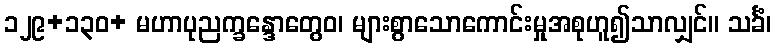
၁၂၉+၁၃၀+ မဟာပုညက္ခန္ဒောတွေဝ၊ များစွာသောကောင်းမှုအစုဟူ၍သာလျှင်။ သင်္ခံ၊